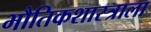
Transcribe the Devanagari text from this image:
भौतिकशास्त्राला